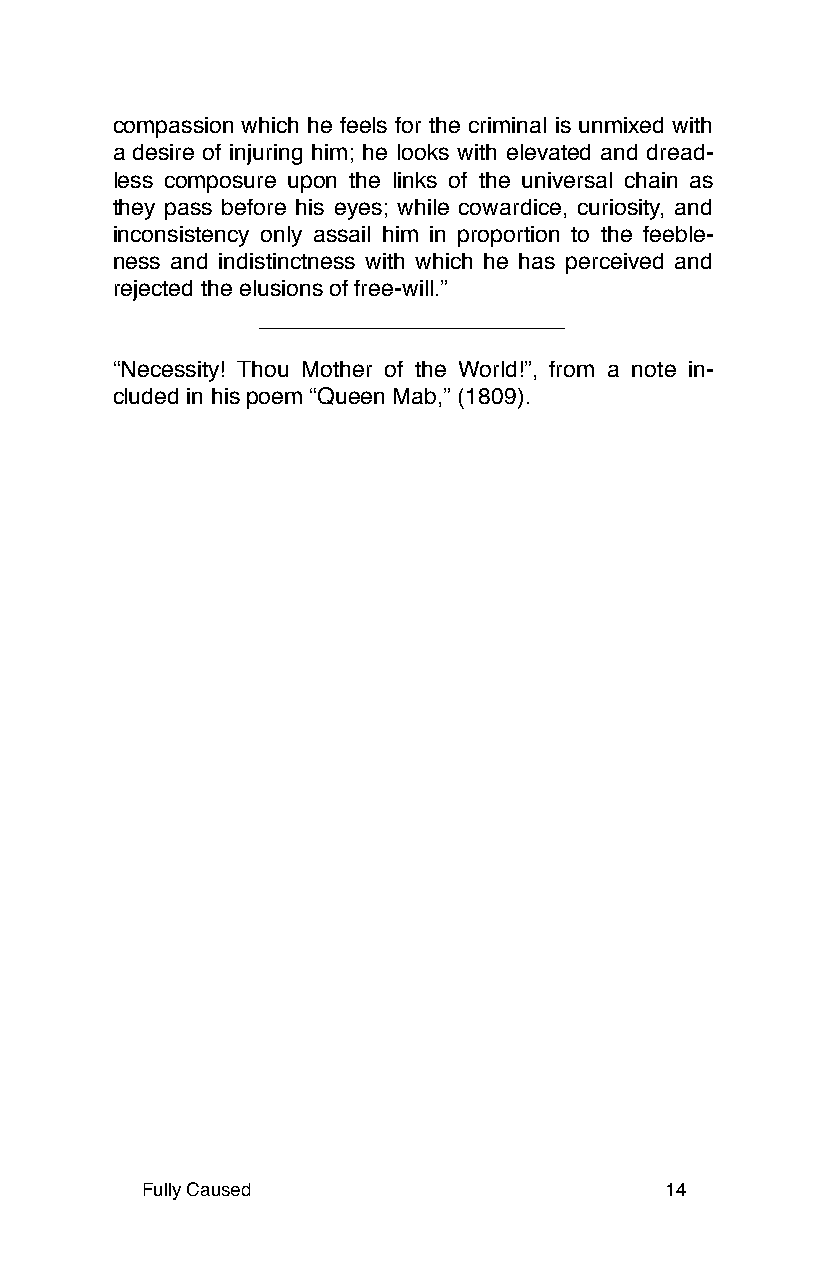
compassion which he feels for the criminal is unmixed with
 a desire of injuring him; he looks with elevated and dread-
 less composure upon the links of the universal chain as
 they pass before his eyes; while cowardice, curiosity, and
 inconsistency only assail him in proportion to the feeble-
 ness and indistinctness with which he has perceived and
 rejected the elusions of free-will.”
 “Necessity! Thou Mother of the World!”, from a note in-
 cluded in his poem “Queen Mab,” (1809).
 Fully Caused                       14